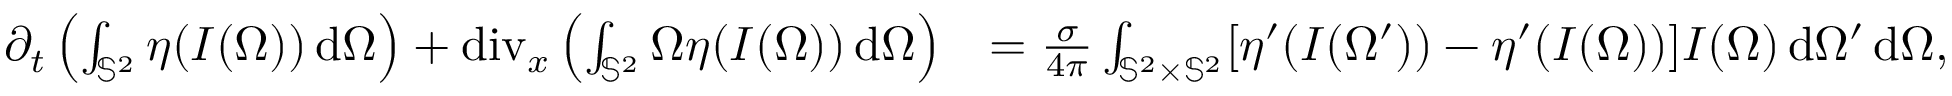
\begin{array} { r l } { \partial _ { t } \left( \int _ { \mathbb { S } ^ { 2 } } \eta ( I ( \Omega ) ) \, \mathrm { d } \Omega \right) + \operatorname { d i v } _ { x } \left( \int _ { \mathbb { S } ^ { 2 } } \Omega \eta ( I ( \Omega ) ) \, \mathrm { d } \Omega \right) } & { = \frac { \sigma } { 4 \pi } \int _ { \mathbb { S } ^ { 2 } \times \mathbb { S } ^ { 2 } } [ \eta ^ { \prime } ( I ( \Omega ^ { \prime } ) ) - \eta ^ { \prime } ( I ( \Omega ) ) ] I ( \Omega ) \, \mathrm { d } \Omega ^ { \prime } \, \mathrm { d } \Omega , } \end{array}